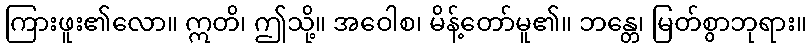
ကြားဖူး၏လော။ ဣတိ၊ ဤသို့။ အဝေါစ၊ မိန့်တော်မူ၏။ ဘန္တေ၊ မြတ်စွာဘုရား။